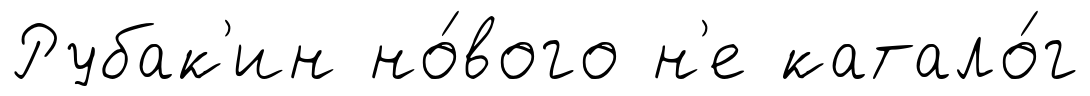
Рубак'ин но́вого н'е катало́г